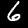
Digit: 6